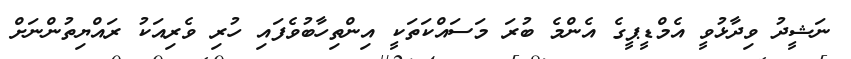
ނަޝީދު ވިދާޅުވީ އެމްޑީޕީގެ އެންމެ ބުރަ މަސައްކަތަކީ އިންތިހާބުވެފައި ހުރި ވެރިއަކު ރައްޔިތުންނަށް